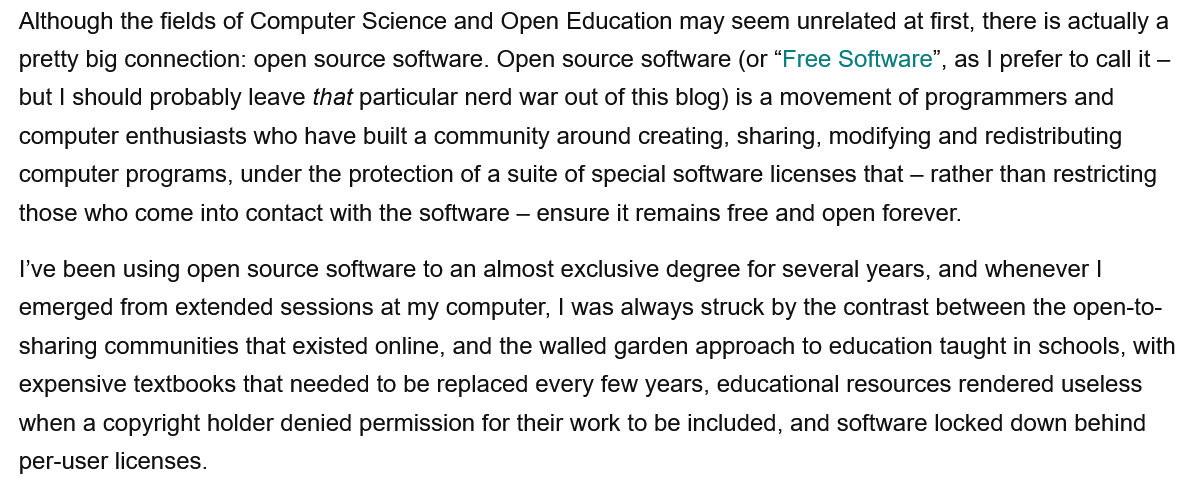
Although the fields of Computer Science and Open Education may seem unrelated at first, there is actually a
  pretty big connection: open source software. Open source software (or “Free Software”, as | prefer to call it
     —
  but | should probably leave that particular nerd war out of this blog) is a movement of programmers and
  computer enthusiasts who have built a community around creating, sharing, modifying and redistributing
  computer programs, under the protection of a suite of special software licenses that
     —
     rather than restricting
  those who come into contact with the software
     — ensure it remains free and open forever.
  I've been using open source software to an almost exclusive degree for several years, and whenever |
  emerged from extended sessions at my computer, | was always struck by the contrast between the open-to-
  sharing communities that existed online, and the walled garden approach to education taught in schools, with
  expensive textbooks that needed to be replaced every few years, educational resources rendered useless
  when a copyright holder denied permission for their work to be included, and software locked down behind
  per-user licenses.